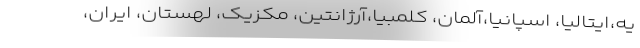
یه،ایتالیا، اسپانیا،آلمان، کلمبیا،آرژانتین، مکزیک، لهستان، ایران،